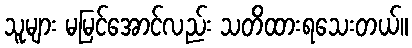
သူများ မမြင်အောင်လည်း သတိထားရသေးတယ်။